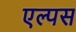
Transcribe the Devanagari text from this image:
एल्पस